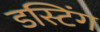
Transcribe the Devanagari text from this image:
डस्टिंग